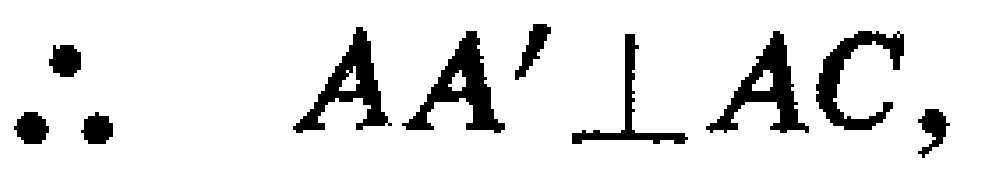
\(\therefore AA'\perp AC,\)